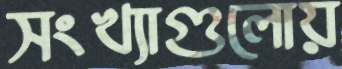
সংখ্যাগুলোয়